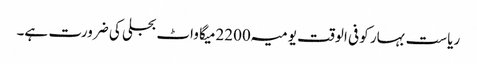
ریاست بہار کو فی الوقت یومیہ 2200میگا واٹ بجلی کی ضرورت ہے۔